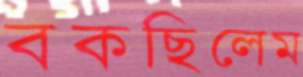
বকছিলেম